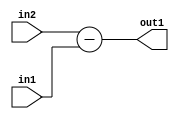
`timescale 1ps / 1ps
/*****************************************************************************
    Verilog RTL Description
    
    
    Created by: Stratus DpOpt 2019.1.01 
*******************************************************************************/

module st_feature_addr_gen_Sub_16Ux1U_17S_4_2 (
	in2,
	in1,
	out1
	); /* architecture "behavioural" */ 
input [15:0] in2;
input  in1;
output [16:0] out1;
wire [16:0] asc001;

assign asc001 = 
	+(in2)
	-(in1);

assign out1 = asc001;
endmodule

/* CADENCE  ubH5Sgo= : u9/ySgnWtBlWxVPRXgAZ4Og= ** DO NOT EDIT THIS LINE ******/